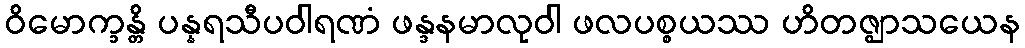
ဝိမောက္ခန္တိ ပန္နရသီပဝါရဏံ ဖန္ဒနမာလုဝါ ဖလပစ္စယဿ ဟိတဇ္ဈာသယေန